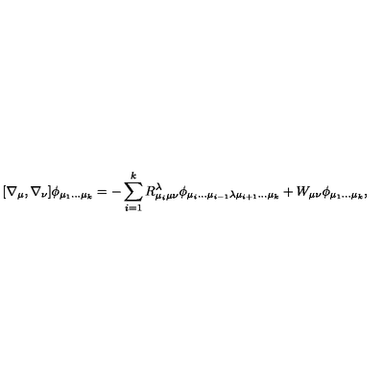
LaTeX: [ \nabla _ { \mu } , \nabla _ { \nu } ] \phi _ { \mu _ { 1 } \dots \mu _ { k } } = - \sum _ { i = 1 } ^ { k } R _ { \mu _ { i } \mu \nu } ^ { \lambda } \phi _ { \mu _ { i } \dots \mu _ { i - 1 } \lambda \mu _ { i + 1 } \dots \mu _ { k } } + W _ { \mu \nu } \phi _ { \mu _ { 1 } \dots \mu _ { k } } ,